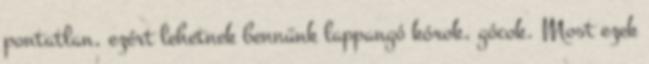
pontatlan, ezért lehetnek bennünk lappangó kórok, gócok. Most ezek